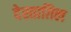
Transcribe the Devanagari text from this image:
देस्ताग़िल